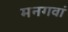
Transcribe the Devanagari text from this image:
मनगवां